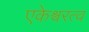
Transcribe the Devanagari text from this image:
एकेश्वरत्व